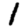
Digit: 1